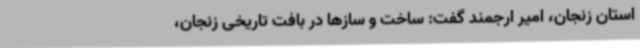
استان زنجان، امیر ارجمند گفت: ساخت ‌و سازها در بافت تاریخی زنجان،